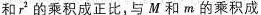
和r^{2}产的乘积成正比，与M和m的乘积成